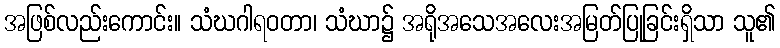
အဖြစ်လည်းကောင်း။ သံဃဂါရဝတာ၊ သံဃာ၌ အရိုအသေအလေးအမြတ်ပြုခြင်းရှိသာ သူ၏